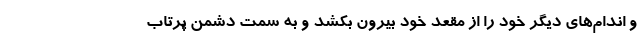
و اندام‌های دیگر خود را از مقعد خود بیرون بکشد و به سمت دشمن پرتاب